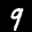
Label: 9